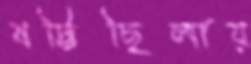
ষট্টিছিলায়